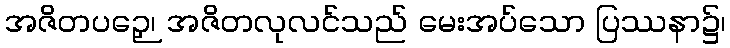
အဇိတပဉှေ၊ အဇိတလုလင်သည် မေးအပ်သော ပြဿနာ၌၊